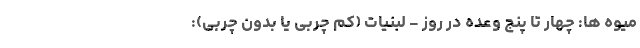
میوه ها: چهار تا پنج وعده در روز - لبنیات (کم چربی یا بدون چربی):